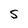
Character: s